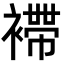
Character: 𧝫